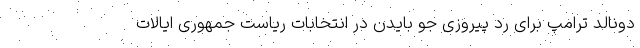
دونالد ترامپ برای رد پیروزی جو بایدن در انتخابات ریاست جمهوری ایالات